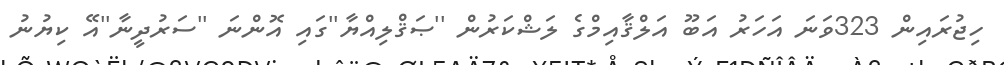
ހިޖުރައިން 323ވަނަ އަހަރު އަބޫ އަލްޤާއިމްގެ ލަޝްކަރުން ''ޞަޤްލިއްޔާ''ގައި އޮންނަ ''ސަރުދީނާ''އޭ ކިޔުނު